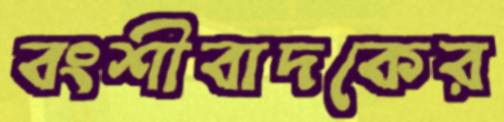
বংশীবাদকের